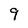
Character: 9